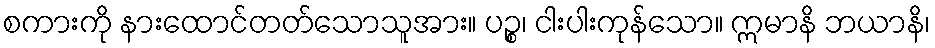
စကားကို နားထောင်တတ်သောသူအား။ ပဉ္စ၊ ငါးပါးကုန်သော။ ဣမာနိ ဘယာနိ၊